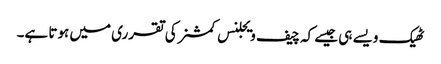
ٹھیک ویسے ہی جیسے کہ چیف ویجلنس کمشنر کی تقرری میں ہوتا ہے۔